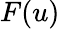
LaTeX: F(u)